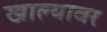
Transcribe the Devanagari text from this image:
खाल्यावर